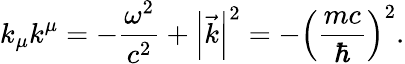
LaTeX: k_{\mu}k^{\mu}=-\frac{\omega^{2}}{c^{2}}+\left|\vec{k}\right|^{2}=-\left(\frac{mc}{\hbar}\right)^{2}.